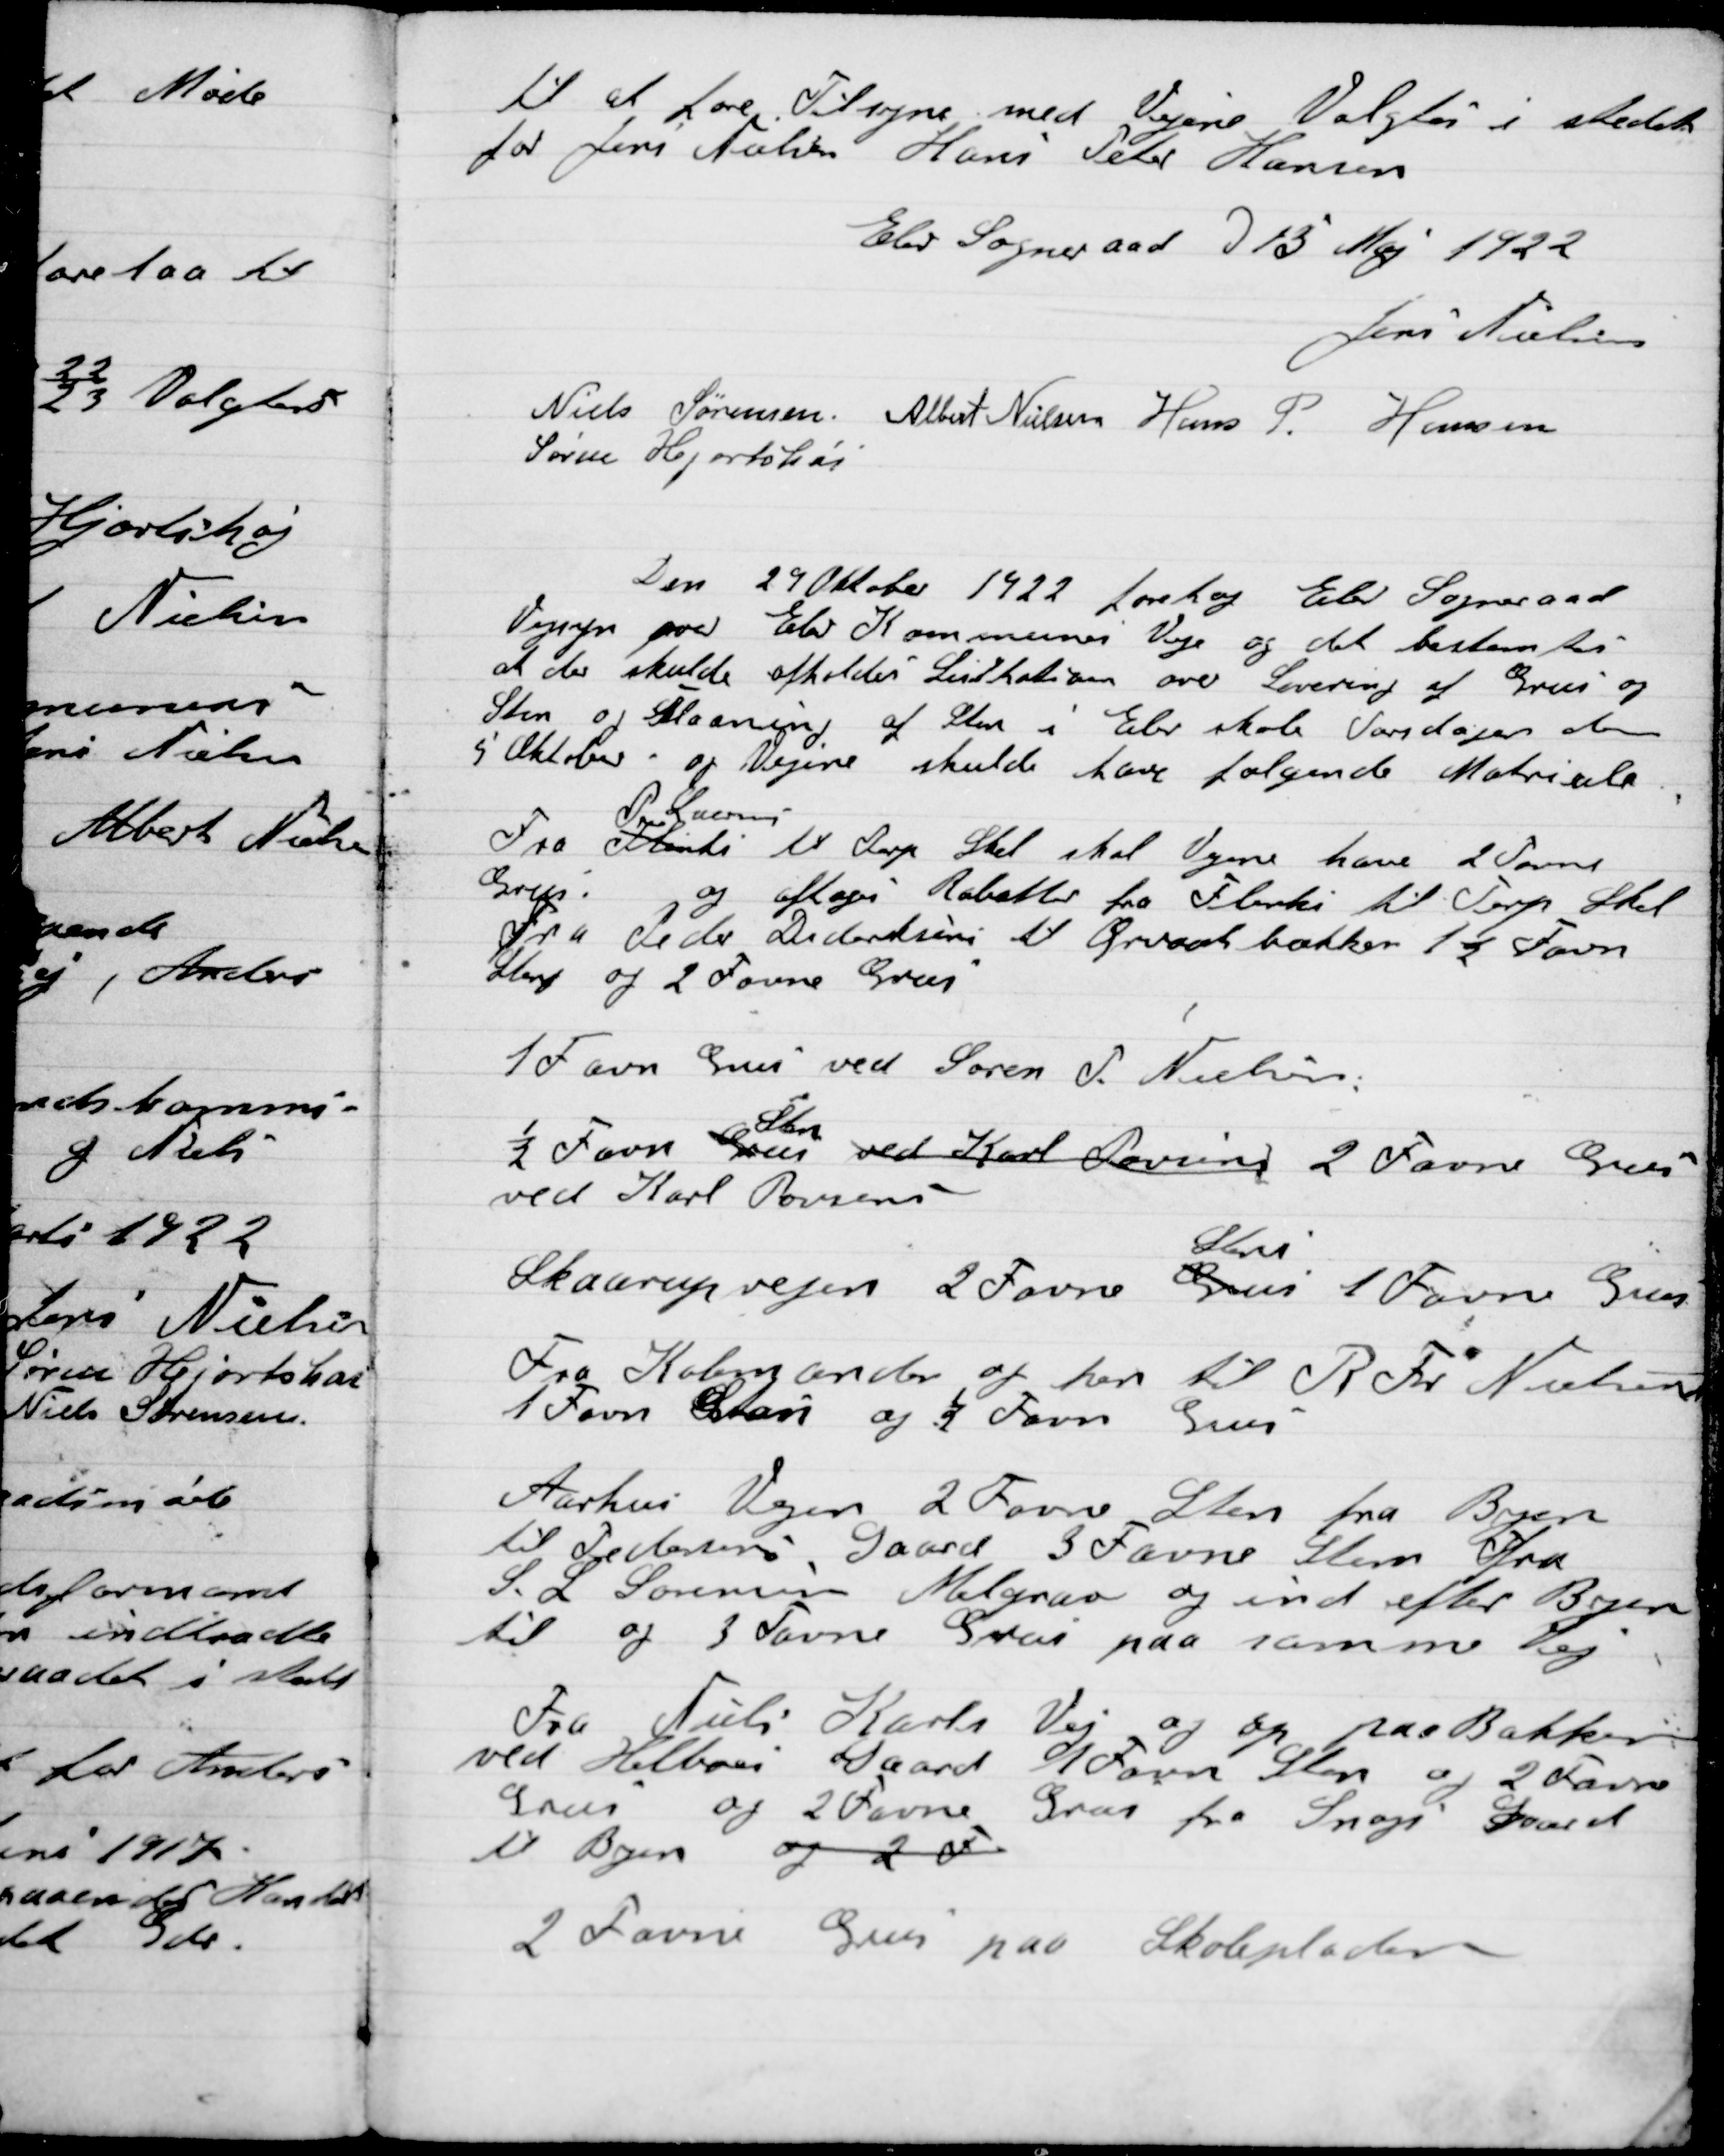
Transskription:
til at føre Tilsyn med Vejene Valgtes i stedet
For Jens Aarhus, Hans Peter Hansen

Elev Sogneraad D. 13 Maj 1922

Jens Nielsen
Niels Sørensen
Albert Nielsen
Hans P. Hansen
Søren Hjortshøi

Den 29 Oktober 1922 foretog Elev Sogneraad
Vejsyn paa Elev Kommunes Veje og det bestemtes
at der skulde afholdes Licitation over Levering af Grus og
Sten og slaaning af Sten i Elev skole Torsdagen eller
5 Oktober - og Vejene skulde have følgende Materiale
Fra Flarki
 P. Laursen
til Terp Skel skal vejene have 2 Favne
Grus: og aftages Rabatter fra Flarki til Terp Skel
Fra Peder Didriksen Ørvadsbækken 1½ Favn
Sten og 2 Favne Grus

1Favn Grus ved Søren P. Nielsen

½ Favn Grus
Sten
ved Karl Loving 2 Favn Grus
ved Karl Poulsen

Skaarupveje 2 Favn Grus
Sten
1 Favn Grus

Fra Koberg ander op her til R. Fr. Nielsen
1 Favn Sten og ½ Favn Grus

Aarhus Vejen 2 Favn Sten fra Byen
Til Pedersens Gaard 3 Favne Sten fra
S. L. Sørensen Mergelgrav og ind efter Byen
til og 3 Favne Grus paa samme Vej.

Fra Niels Karls vej og op paa Bakken
ved Helboes Gaard 1 Favn og 2 Favne
Grus og 2 Favne Grus fra Snogs gaard
til Byen og 2 F

2 Favne Grus paa Skolepladsen